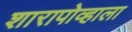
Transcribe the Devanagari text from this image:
शारापोव्हाला